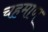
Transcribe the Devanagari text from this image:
चहमाण